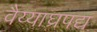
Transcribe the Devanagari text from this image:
वैय्याघ्रपद्य